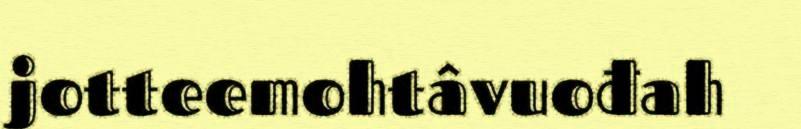
jotteemohtâvuođah